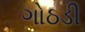
ગોઠડી